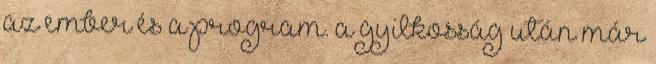
az ember és a program. a gyilkosság után már